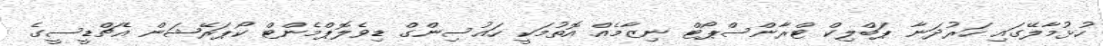
ހުޅުމާލޭގައި ހަރުދަނާ ޕަބްލިކް ޓްރާންސްޕޯޓް ނިޒާމެއް އޮތުމަކީ ހައުސިންގް ޑިވެލޮޕްމެންޓް ކޯޕަރޭޝަން އެޗްޑީސީގެ